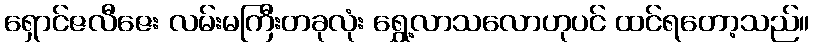
ရှောင်ဇလီဇေး လမ်းမကြီးတခုလုံး ရွှေ့လာသလောဟုပင် ထင်ရတော့သည်။